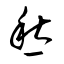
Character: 愁